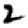
Digit: 2